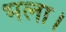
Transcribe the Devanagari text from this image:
भला।